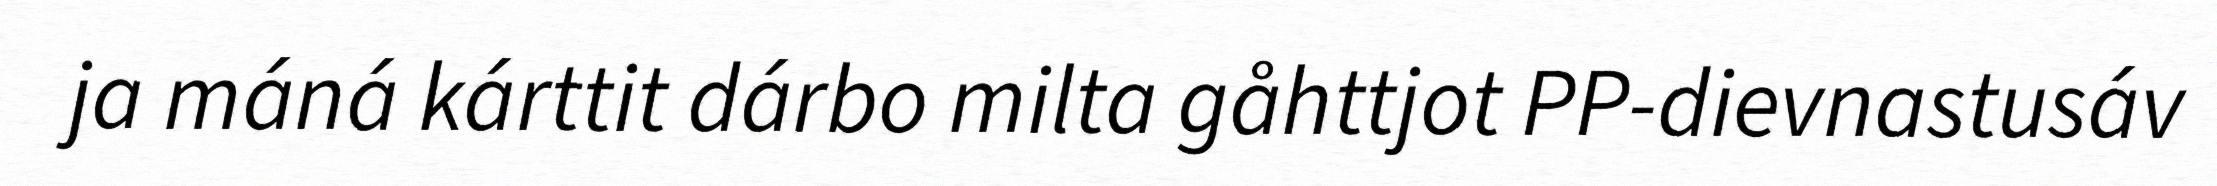
ja máná kárttit dárbo milta gåhttjot PP-dievnastusáv